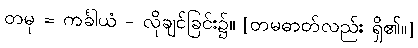
တမု = ကင်္ခါယံ - လိုချင်ခြင်း၌။ [တမဓာတ်လည်း ရှိ၏။]